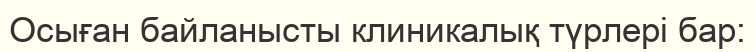
Осыған байланысты клиникалық түрлері бар: